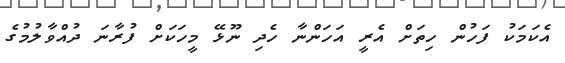
އެކަމަކު ފަހުން ހިތަށް އެރީ އަހަންނާ ހެދި ނޫޅޭ މީހަކަށް ފުރާނަ ދުއްވާލުމުގެ